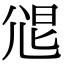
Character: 𡯧